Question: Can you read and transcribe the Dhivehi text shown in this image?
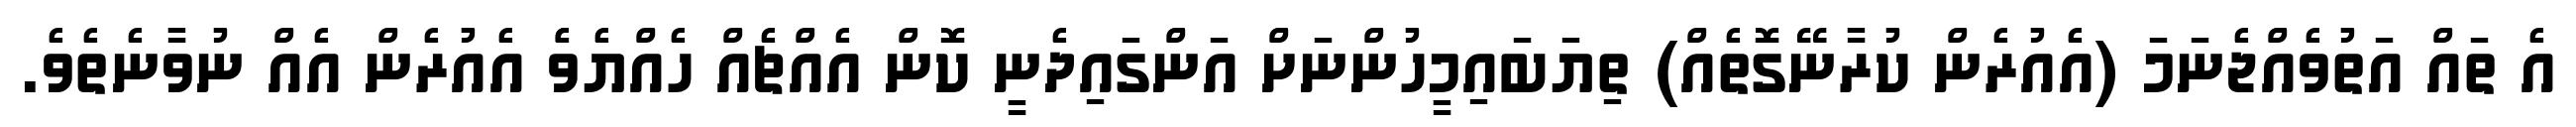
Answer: އެ ތައް އަތުވެއްޖެނަމަ (އެއުރެން ކުރާނޭގޮތެއް) ތިޔަބައިމީހުންނަށް އަންގައިދެނީ ކޮން އެއްޗެއް ހެއްޔެވެެ އެއުރެން އެއް ނުވާނެތެވެ.